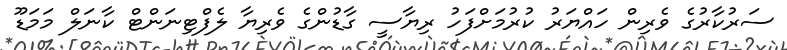
ސަރުކާރުގެ ވެރިން ހައްޔަރު ކުރުމަށްފަހު ރިޔާސީ ގާޑުންގެ ވެރިޔާ ލެފްޓިނަންޓް ކާނަލް މަމަޑޫ